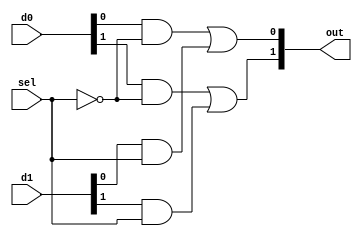
//		2bit 2:1 Mux created using gate level modeling
//		
//		Ports	:	d0	: in	: 1st input, selected if sel is 0
//				:	d1	: in	: 2nd input, selected if sel is 1
//				:	sel	: in	: selection bit.
//				:	out : out 	: selected output
//
//		



module Mux2_1_2Gate( d0, d1, sel, out);

	input[1:0] d0, d1;
	input sel;
	
	output [1:0] out;
	
	wire [1:0] min0, min1;
	wire nSel;
	
	not (nSel, sel);
	
	and term00(min0[0], d0[0], nSel);
	and term01(min0[1], d0[1], nSel);
	
	and term10(min1[0], d1[0], sel);
	and term11(min1[1], d1[1], sel);
	
	or ar0(out[0], min0[0], min1[0]);
	or ar1(out[1], min0[1], min1[1]);
	
endmodule